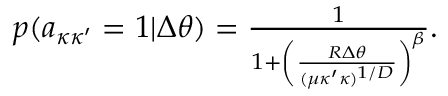
\begin{array} { r } { p ( a _ { \kappa \kappa ^ { \prime } } = 1 | \Delta \theta ) = \frac { 1 } { 1 + \left( \frac { R \Delta \theta } { ( \mu \kappa ^ { \prime } \kappa ) ^ { 1 / D } } \right) ^ { \beta } } . } \end{array}